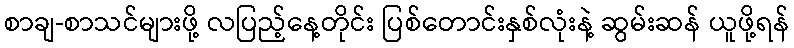
စာချ-စာသင်များဖို့ လပြည့်နေ့တိုင်း ပြစ်တောင်းနှစ်လုံးနဲ့ ဆွမ်းဆန် ယူဖို့ရန်